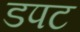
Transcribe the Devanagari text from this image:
डपट